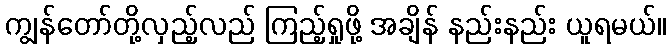
ကျွန်တော်တို့လှည့်လည် ကြည့်ရှုဖို့ အချိန် နည်းနည်း ယူရမယ်။